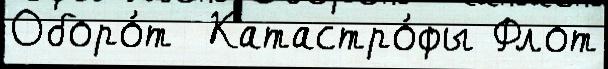
Оборо́т  Катастро́фы Флот